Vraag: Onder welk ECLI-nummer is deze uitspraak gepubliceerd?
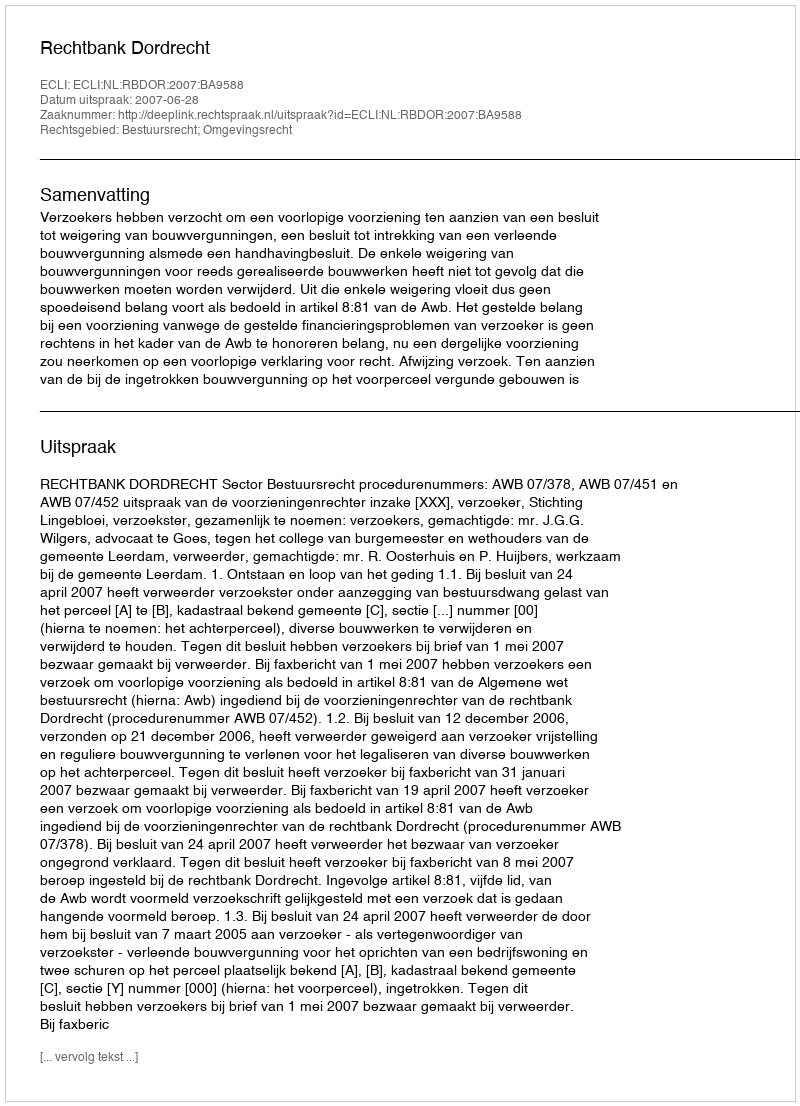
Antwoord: ECLI:NL:RBDOR:2007:BA9588